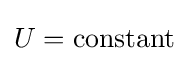
U={\text{constant}}